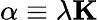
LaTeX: \alpha\equiv\lambda\mathbf{K}